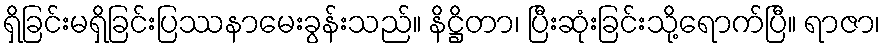
ရှိခြင်းမရှိခြင်းပြဿနာမေးခွန်းသည်။ နိဋ္ဌိတာ၊ ပြီးဆုံးခြင်းသို့ရောက်ပြီ။ ရာဇာ၊